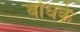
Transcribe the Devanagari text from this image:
बोधके